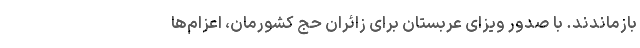
بازماندند. با صدور ویزای عربستان برای زائران حج کشورمان، اعزام‌ها